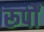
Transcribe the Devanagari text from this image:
रूर्पों